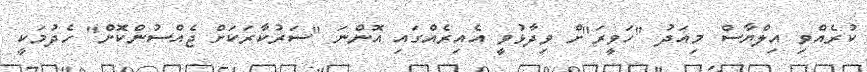
ކުރެއްވި އިލްޔާސް މިއަދު "ހަވީރަ"ށް ވިދާޅުވީ އެއިރެއްގައި އޮންނަ "ސަރުކާރަކަށް ޖެއްސުންކޮށް" ހެދުމަކީ